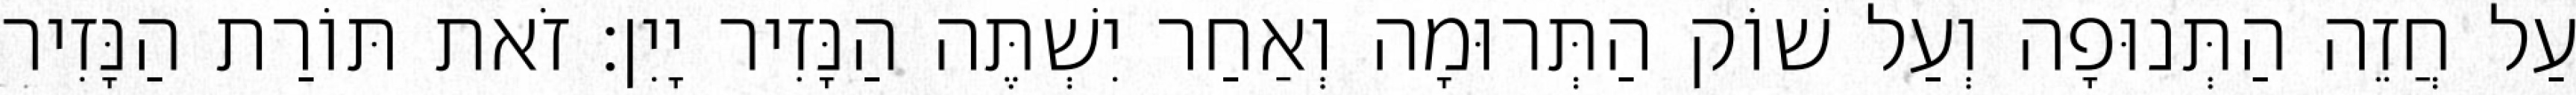
עַל חֲזֵה הַתְּנוּפָה וְעַל שׁוֹק הַתְּרוּמָה וְאַחַר יִשְׁתֶּה הַנָּזִיר יָיִן׃ זֹאת תּוֹרַת הַנָּזִיר